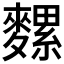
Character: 𪍯